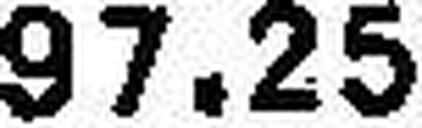
97.25